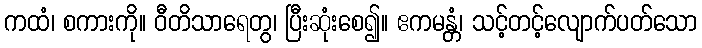
ကထံ၊ စကားကို။ ဝီတိသာရေတွ၊ ပြီးဆုံးစေ၍။ ဧကမန္တံ၊ သင့်တင့်လျောက်ပတ်သော